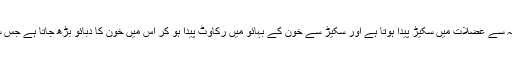
تیزابیت و قبض: تیزابیت و قبض کی وجہ سے عضلات میں سکیڑ پیدا ہوتا ہے اور سکیڑ سے خون کے بہائو میں رکاوٹ پیدا ہو کر اس میں خون کا دبائو بڑھ جاتا ہے جس سے بلڈ پریشر کا مرض پیدا ہو جاتا ہے۔